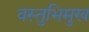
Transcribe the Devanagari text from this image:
वस्तुभिमुख